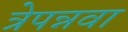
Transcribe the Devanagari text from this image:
त्रेपन्नवा